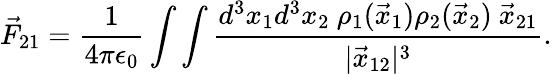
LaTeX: \vec{F}_{21}=\frac{1}{4\pi\epsilon_{0}}\int\int\frac{d^{3}x_{1}d^{3}x_{2}\ \rho_{1}(\vec{x}_{1})\rho_{2}(\vec{x}_{2})\ \vec{x}_{21}}{|\vec{x}_{12}|^{3}}.